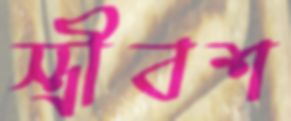
স্ত্রীবশ